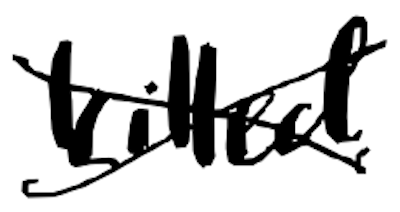
Text: killed
Cross-out: cross
Writing tool: digital_black